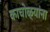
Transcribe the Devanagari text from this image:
काचोळ्यांना